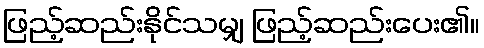
ဖြည့်ဆည်းနိုင်သမျှ ဖြည့်ဆည်းပေး၏။